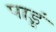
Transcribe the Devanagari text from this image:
पाडूं